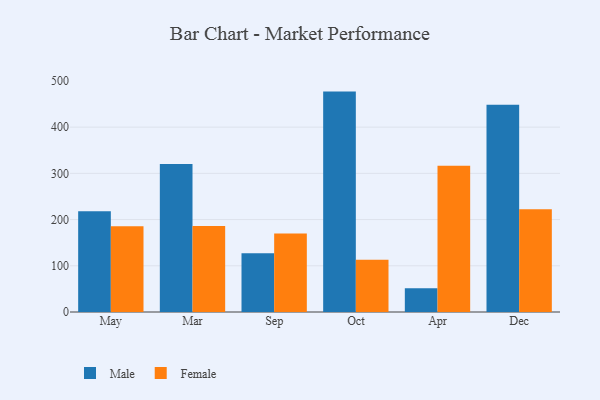
{"axis": {"x": "Month", "y": "LTV (USD)"}, "legend": ["Female", "Male"], "data": [{"x": "May", "y": 217.9, "type": "Male"}, {"x": "May", "y": 185.4, "type": "Female"}, {"x": "Mar", "y": 320.4, "type": "Male"}, {"x": "Mar", "y": 186.3, "type": "Female"}, {"x": "Sep", "y": 127.0, "type": "Male"}, {"x": "Sep", "y": 169.6, "type": "Female"}, {"x": "Oct", "y": 476.9, "type": "Male"}, {"x": "Oct", "y": 112.8, "type": "Female"}, {"x": "Apr", "y": 51.6, "type": "Male"}, {"x": "Apr", "y": 316.7, "type": "Female"}, {"x": "Dec", "y": 448.6, "type": "Male"}, {"x": "Dec", "y": 222.3, "type": "Female"}]}